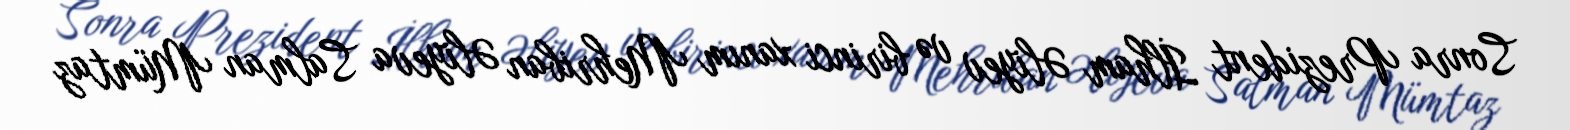
Sonra Prezident İlham Əliyev və birinci xanım Mehriban Əliyeva Salman Mümtaz